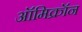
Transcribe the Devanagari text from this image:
ऑमिक्रॉन